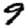
Digit: 9